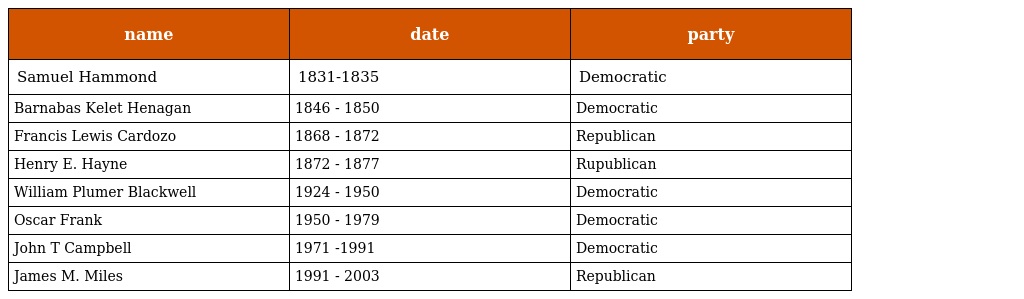
| name | date | party |
 | --- | --- | --- |
 | Samuel Hammond | 1831-1835 | Democratic |
 | Barnabas Kelet Henagan | 1846 - 1850 | Democratic |
 | Francis Lewis Cardozo | 1868 - 1872 | Republican |
 | Henry E. Hayne | 1872 - 1877 | Rupublican |
 | William Plumer Blackwell | 1924 - 1950 | Democratic |
 | Oscar Frank | 1950 - 1979 | Democratic |
 | John T Campbell | 1971 -1991 | Democratic |
 | James M. Miles | 1991 - 2003 | Republican |